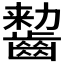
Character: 𱌠